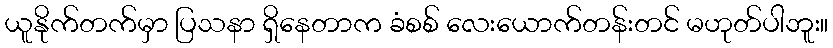
ယူနိုက်တက်မှာ ပြသနာ ရှိနေတာက ခံစစ် လေးယောက်တန်းတင် မဟုတ်ပါဘူး။